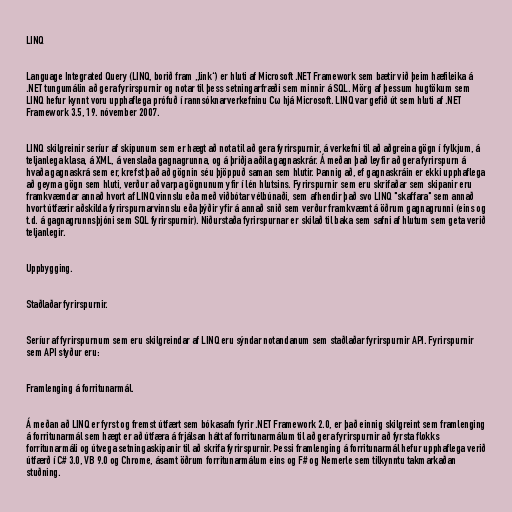
LINQ

Language Integrated Query (LINQ, borið fram „link“) er hluti af Microsoft .NET Framework sem bætir við þeim hæfileika á
.NET tungumálin að gera fyrirspurnir og notar til þess setningarfræði sem minnir á SQL. Mörg af þessum hugtökum sem
LINQ hefur kynnt voru upphaflega prófuð í rannsóknarverkefninu Cω hjá Microsoft. LINQ var gefið út sem hluti af .NET
Framework 3.5, 19. nóvember 2007.

LINQ skilgreinir seríur af skipunum sem er hægt að nota til að gera fyrirspurnir, á verkefni til að aðgreina gögn í fylkjum, á
teljanlega klasa, á XML, á venslaða gagnagrunna, og á þriðja aðila gagnaskrár. Á meðan það leyfir að gera fyrirspurn á
hvaða gagnaskrá sem er, krefst það að gögnin séu þjöppuð saman sem hlutir. Þannig að, ef gagnaskráin er ekki upphaflega
að geyma gögn sem hluti, verður að varpa gögnunum yfir í lén hlutsins. Fyrirspurnir sem eru skrifaðar sem skipanir eru
framkvæmdar annað hvort af LINQ vinnslu eða með viðbótar vélbúnaði, sem afhendir það svo LINQ "skaffara" sem annað
hvort útfærir aðskilda fyrirspurnarvinnslu eða þýðir yfir á annað snið sem verður framkvæmt á öðrum gagnagrunni (eins og
t.d. á gagnagrunnsþjóni sem SQL fyrirspurnir). Niðurstaða fyrirspurnar er skilað til baka sem safni af hlutum sem geta verið
teljanlegir.

Uppbygging.

Staðlaðar fyrirspurnir.

Seríur af fyrirspurnum sem eru skilgreindar af LINQ eru sýndar notandanum sem staðlaðar fyrirspurnir API. Fyrirspurnir
sem API styður eru:

Framlenging á forritunarmál.

Á meðan að LINQ er fyrst og fremst útfært sem bókasafn fyrir .NET Framework 2.0, er það einnig skilgreint sem framlenging
á forritunarmál sem hægt er að útfæra á frjálsan hátt af forritunarmálum til að gera fyrirspurnir að fyrsta flokks
forritunarmáli og útvega setningaskipanir til að skrifa fyrirspurnir. Þessi framlenging á forritunarmál hefur upphaflega verið
útfærð í C# 3.0, VB 9.0 og Chrome, ásamt öðrum forritunarmálum eins og F# og Nemerle sem tilkynntu takmarkaðan
stuðning.